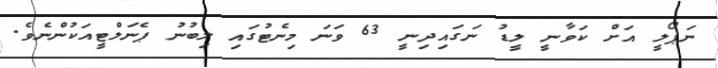
ނަޕޯލީ އަށް ކަވާނީ ލީޑު ނަގައިދިނީ 63 ވަނަ މިނެޓުގައި ލިބުނު ޕެނަލްޓީއަކުންނެވެ.